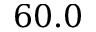
6 0 . 0